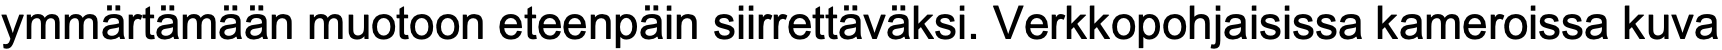
ymmärtämään muotoon eteenpäin siirrettäväksi. Verkkopohjaisissa kameroissa kuva